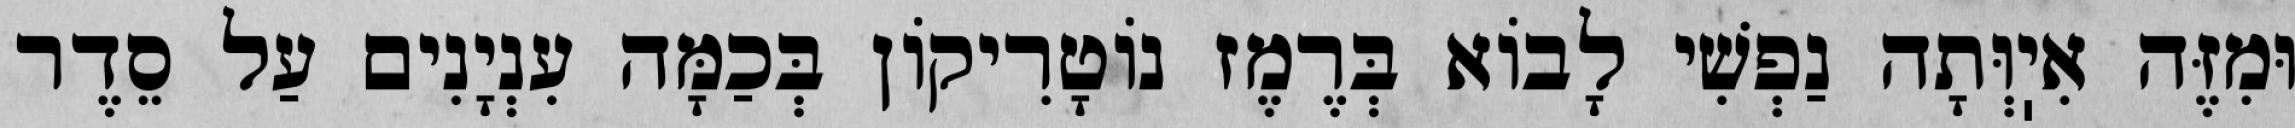
וּמִזֶּה אִיֽוְּתָה נַפְשִׁי לָבוֹא בְּרֶמֶז נוֹטָרִיקוֹן בְּכַמָּה עִנְיָנִים עַל סֵדֶר